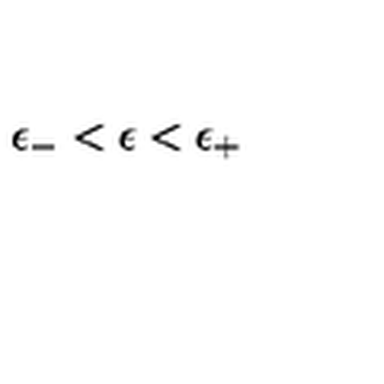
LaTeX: \: \epsilon _ { - } < \epsilon < \epsilon _ { + } \: